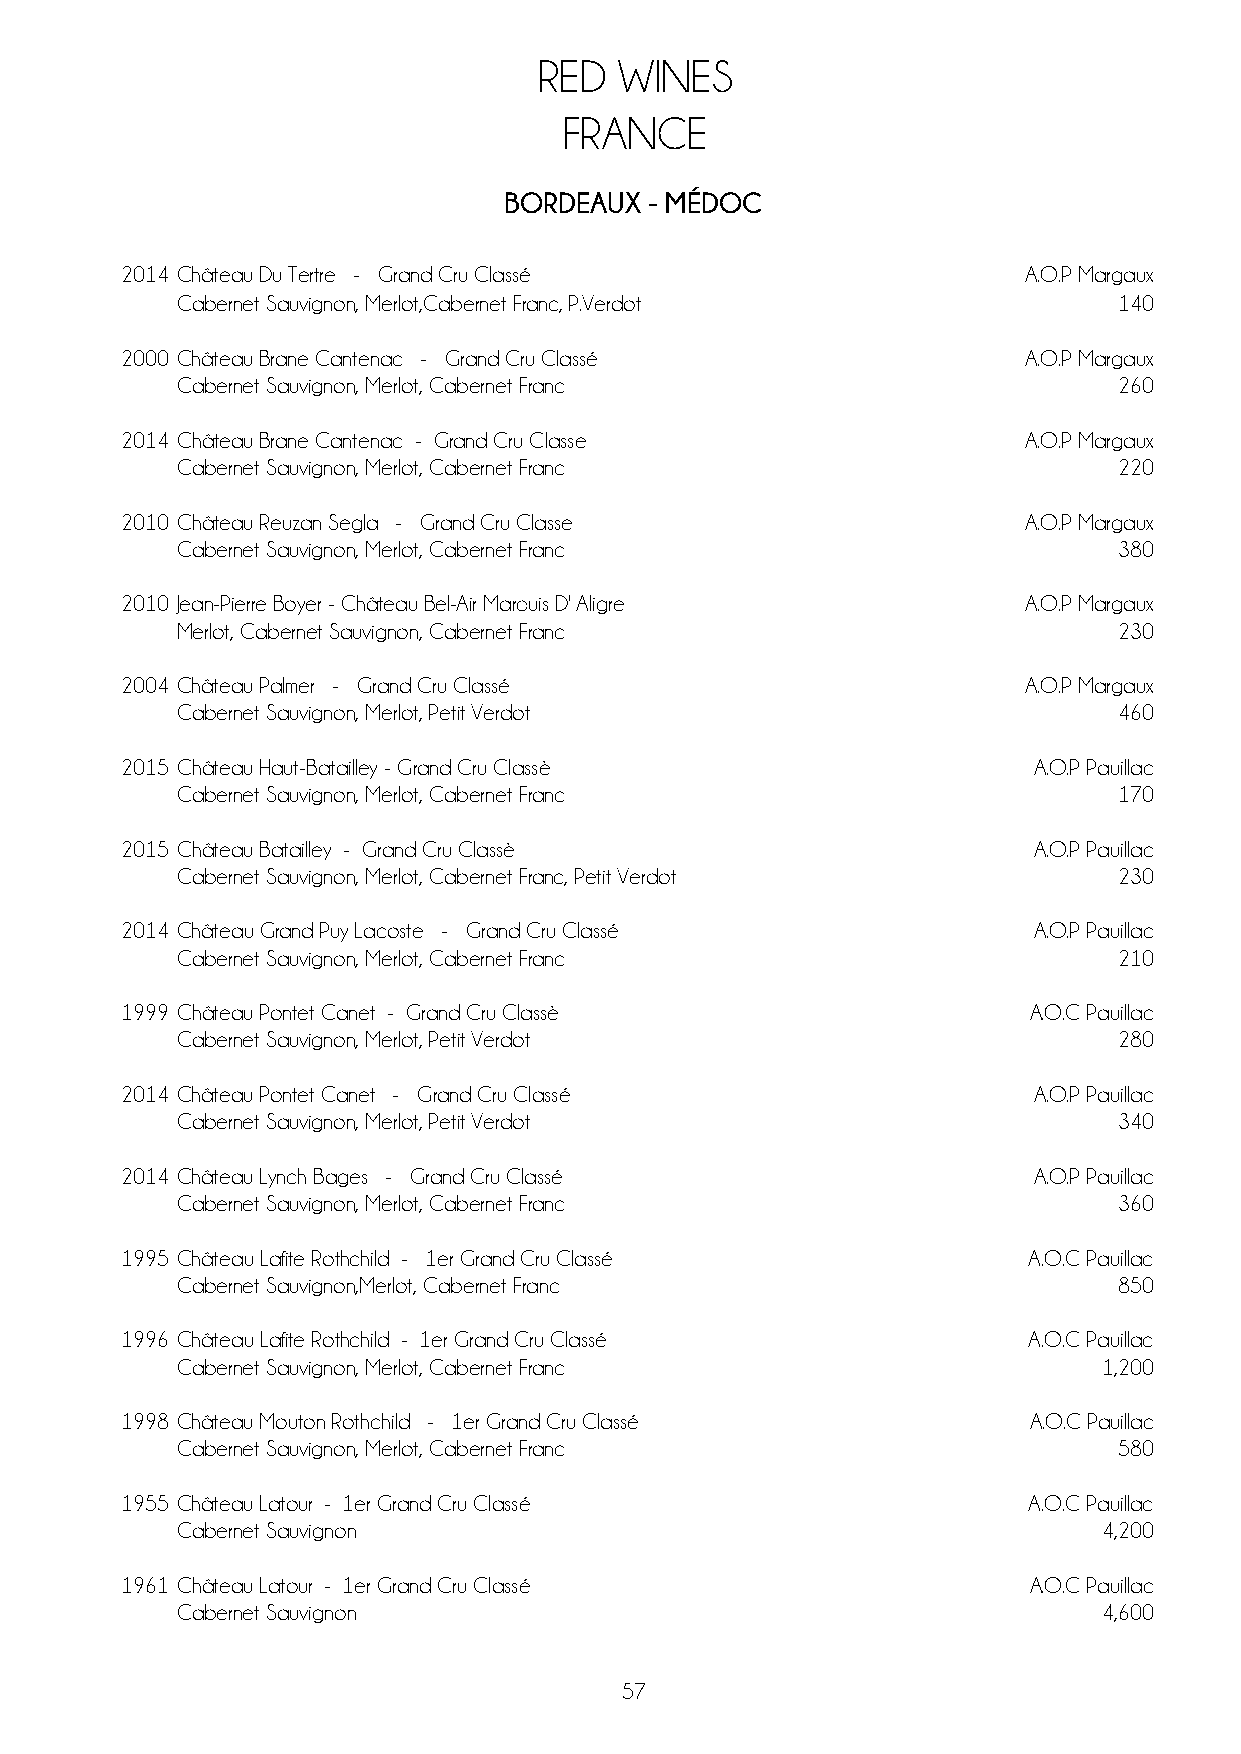
RED  WINES
 FRANCE
 BORDEAUX  - MÉDOC
 2014 Château Du Tertre - Grand Cru Classé                   A.O.P Margaux
 Cabernet Sauvignon, Merlot,Cabernet Franc, P.Verdot           140
 2000 Château Brane Cantenac - Grand Cru Classé              A.O.P Margaux
 Cabernet Sauvignon, Merlot, Cabernet Franc                    260
 2014 Château Brane Cantenac - Grand Cru Classe              A.O.P Margaux
 Cabernet Sauvignon, Merlot, Cabernet Franc                    220
 2010 Château Reuzan Segla - Grand Cru Classe                A.O.P Margaux
 Cabernet Sauvignon, Merlot, Cabernet Franc                    380
 2010 Jean-Pierre Boyer - Château Bel-Air Marquis D' Aligre  A.O.P Margaux
 Merlot, Cabernet Sauvignon, Cabernet Franc                    230
 2004 Château Palmer - Grand Cru Classé                      A.O.P Margaux
 Cabernet Sauvignon, Merlot, Petit Verdot                      460
 2015 Château Haut-Batailley - Grand Cru Classè              A.O.P Pauillac
 Cabernet Sauvignon, Merlot, Cabernet Franc                    170
 2015 Château Batailley - Grand Cru Classè                   A.O.P Pauillac
 Cabernet Sauvignon, Merlot, Cabernet Franc, Petit Verdot      230
 2014 Château Grand Puy Lacoste - Grand Cru Classé           A.O.P Pauillac
 Cabernet Sauvignon, Merlot, Cabernet Franc                    210
 1999 Château Pontet Canet - Grand Cru Classè                A.O.C Pauillac
 Cabernet Sauvignon, Merlot, Petit Verdot                      280
 2014 Château Pontet Canet - Grand Cru Classé                A.O.P Pauillac
 Cabernet Sauvignon, Merlot, Petit Verdot                      340
 2014 Château Lynch Bages - Grand Cru Classé                 A.O.P Pauillac
 Cabernet Sauvignon, Merlot, Cabernet Franc                    360
 1995 Château Lafite Rothchild - 1er Grand Cru Classé        A.O.C Pauillac
 Cabernet Sauvignon,Merlot, Cabernet Franc                     850
 1996 Château Lafite Rothchild - 1er Grand Cru Classé        A.O.C Pauillac
 Cabernet Sauvignon, Merlot, Cabernet Franc                   1,200
 1998 Château Mouton Rothchild - 1er Grand Cru Classé        A.O.C Pauillac
 Cabernet Sauvignon, Merlot, Cabernet Franc                    580
 1955 Château Latour - 1er Grand Cru Classé                  A.O.C Pauillac
 Cabernet Sauvignon                                           4,200
 1961 Château Latour - 1er Grand Cru Classé                  A.O.C Pauillac
 Cabernet Sauvignon                                           4,600
 57